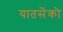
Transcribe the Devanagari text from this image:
यातसेंको